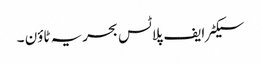
سیکٹر ایف پلاٹس بحریہ ٹاؤن ۔